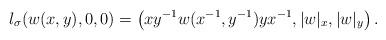
LaTeX: \begin{align*}l_\sigma ( w(x,y) , 0 , 0 ) = \left( xy^{-1} w( x^{-1} , y^{-1} ) y x^{-1} , |w|_x , |w|_y \right).\end{align*}